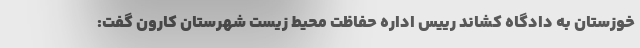
خوزستان به دادگاه کشاند رییس اداره حفاظت محیط زیست شهرستان کارون گفت: